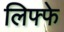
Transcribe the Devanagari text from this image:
लिफ्फे